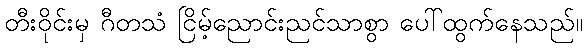
တီးဝိုင်းမှ ဂီတသံ ငြိမ့်ညောင်းညင်သာစွာ ပေါ်ထွက်နေသည်။